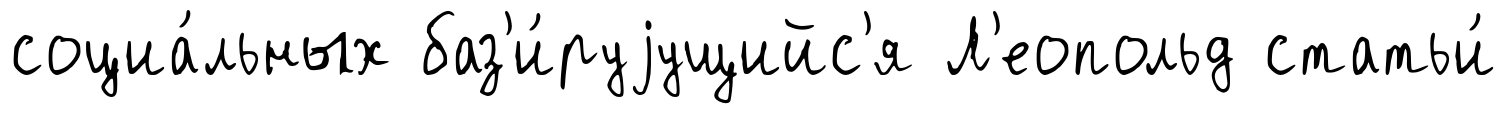
социа́льных баз'и́руjущийс'я Л'еопольд статьи́